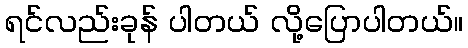
ရင်လည်းခုန် ပါတယ် လို့ပြောပါတယ်။